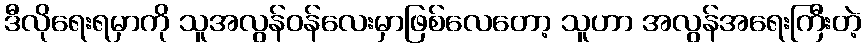
ဒီလိုရေးရမှာကို သူအလွန်ဝန်လေးမှာဖြစ်လေတော့ သူဟာ အလွန်အရေးကြီးတဲ့